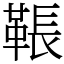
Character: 䩨